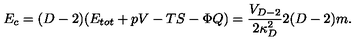
E _ { c } = ( D - 2 ) ( E _ { t o t } + p V - T S - \Phi Q ) = { \frac { V _ { D - 2 } } { 2 \kappa _ { D } ^ { 2 } } } 2 ( D - 2 ) m .